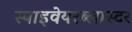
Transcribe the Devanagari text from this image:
स्पाइवेयरब्लास्टर